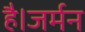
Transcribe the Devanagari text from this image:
है।जर्मन